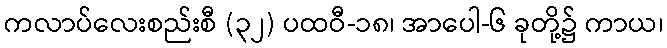
ကလာပ်လေးစည်းစီ (၃၂) ပထဝီ-၁၈၊ အာပေါ-၆ ခုတို့၌ ကာယ၊